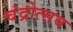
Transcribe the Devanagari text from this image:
चंद्रोत्सव